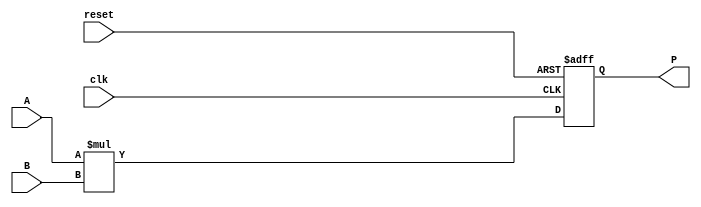
module parameterized_multiplier #(
    parameter WIDTH_A = 8,  // Bit-width of the first input operand
    parameter WIDTH_B = 8,  // Bit-width of the second input operand
    parameter WIDTH_P = WIDTH_A + WIDTH_B  // Bit-width of the output product
)(
    input  wire [WIDTH_A-1:0] A,      // First operand
    input  wire [WIDTH_B-1:0] B,      // Second operand
    input  wire clk,                   // Clock signal
    input  wire reset,                 // Active-high reset signal
    output reg  [WIDTH_P-1:0] P       // Output product
);

    // Reset logic and multiplication logic
    always @(posedge clk or posedge reset) begin
        if (reset) begin
            P <= 0;  // Initialize product to zero on reset
        end else begin
            P <= A * B;  // Compute product on clock edge
        end
    end

endmodule